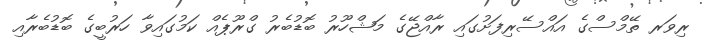
ރިވަރ ތޭމްސްގެ އައްސޭރިފަށުގައި ރާއްޖޭގެ މަޝްހޫރު ބޮޑުބެރު ގްރޫޕެއް ކަމުގައިވާ ހަރުބީގެ ބޮޑުބެރާއި